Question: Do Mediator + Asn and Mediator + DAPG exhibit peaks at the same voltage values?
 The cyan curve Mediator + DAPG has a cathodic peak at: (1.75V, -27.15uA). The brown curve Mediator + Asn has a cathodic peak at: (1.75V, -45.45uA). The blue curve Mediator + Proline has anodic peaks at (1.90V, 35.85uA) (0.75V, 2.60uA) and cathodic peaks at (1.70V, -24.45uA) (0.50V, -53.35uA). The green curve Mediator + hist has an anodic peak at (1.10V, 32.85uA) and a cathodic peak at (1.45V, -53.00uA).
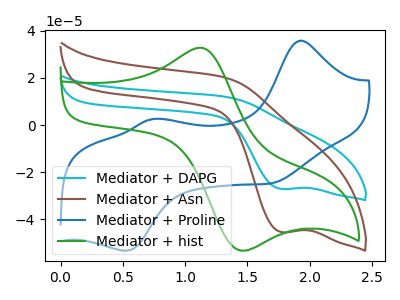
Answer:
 <answer>Yes, "Mediator + Asn" have a peak in "Mediator + DAPG" at the same potential.</answer>
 <eval>match</eval>